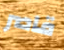
قاصر